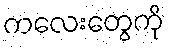
ကလေးတွေကို